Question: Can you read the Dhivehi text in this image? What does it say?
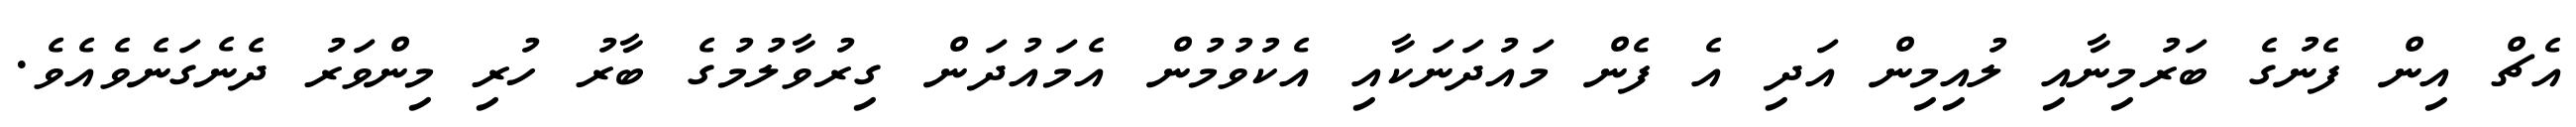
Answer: އެޗް އިން ފެނުގެ ބަރުމިނާއި ލުއިމިން އަދި އެ ފެން މައުދަނަކާއި އެކުވުމުން އެމައުދަން ގިރުވާލުމުގެ ބާރު ހުރި މިންވަރު ދެނެގަނެވެއެވެ.